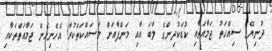
ދުނިޔޭގެ ސިއްހަތު ޖަމާއަތާއި ކުޑަކުދިންގެ ލާބަ އާއި މަންފާއަށް މަސައްކަތްކުރާ އެހެނިހެން ޖަމާއަތްތަކާއި